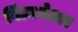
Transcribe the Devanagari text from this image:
विंडरमेअर